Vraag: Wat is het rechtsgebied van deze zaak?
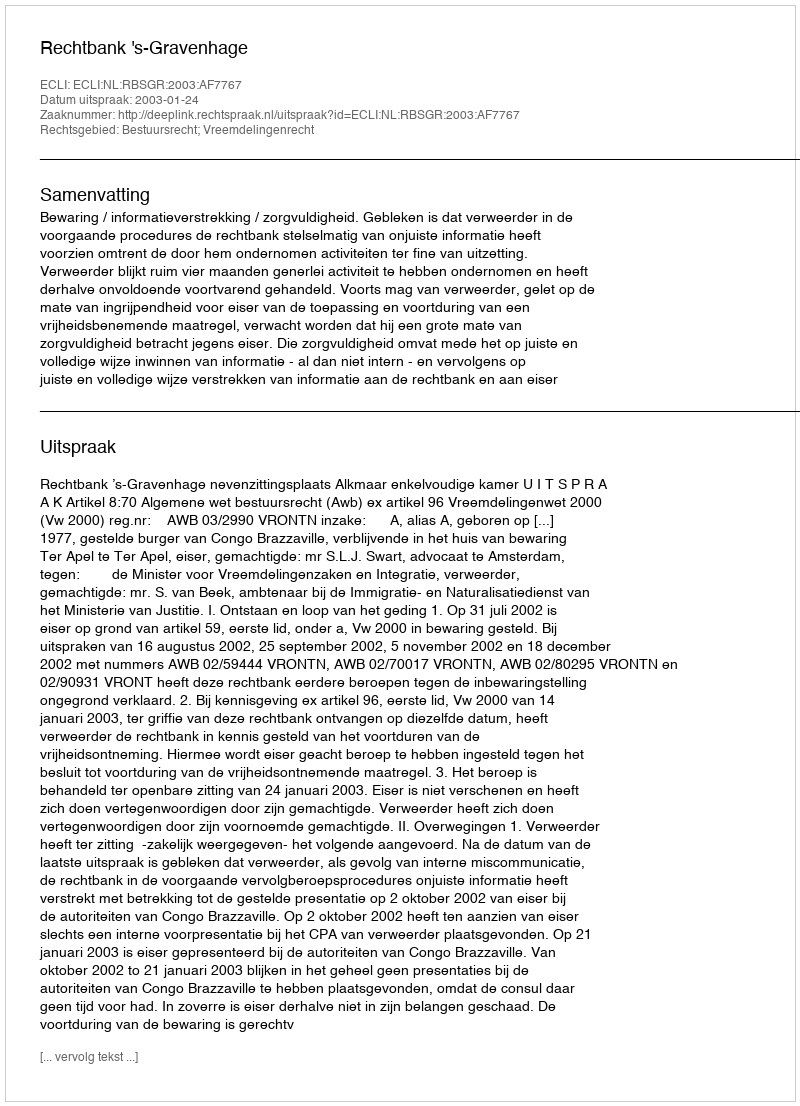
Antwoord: Bestuursrecht; Vreemdelingenrecht